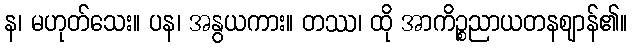
န၊ မဟုတ်သေး။ ပန၊ အနွယကား။ တဿ၊ ထို အာကိဉ္စညာယတနဈာန်၏။